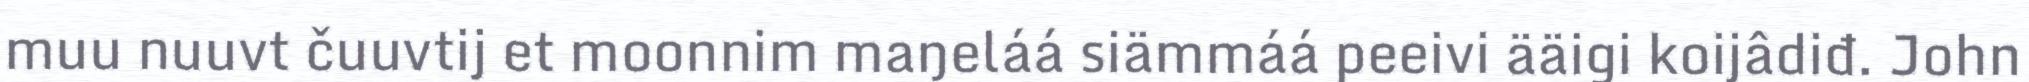
muu nuuvt čuuvtij et moonnim maŋeláá siämmáá peeivi ääigi koijâdiđ. John